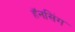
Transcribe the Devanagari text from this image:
हॅनसिंग